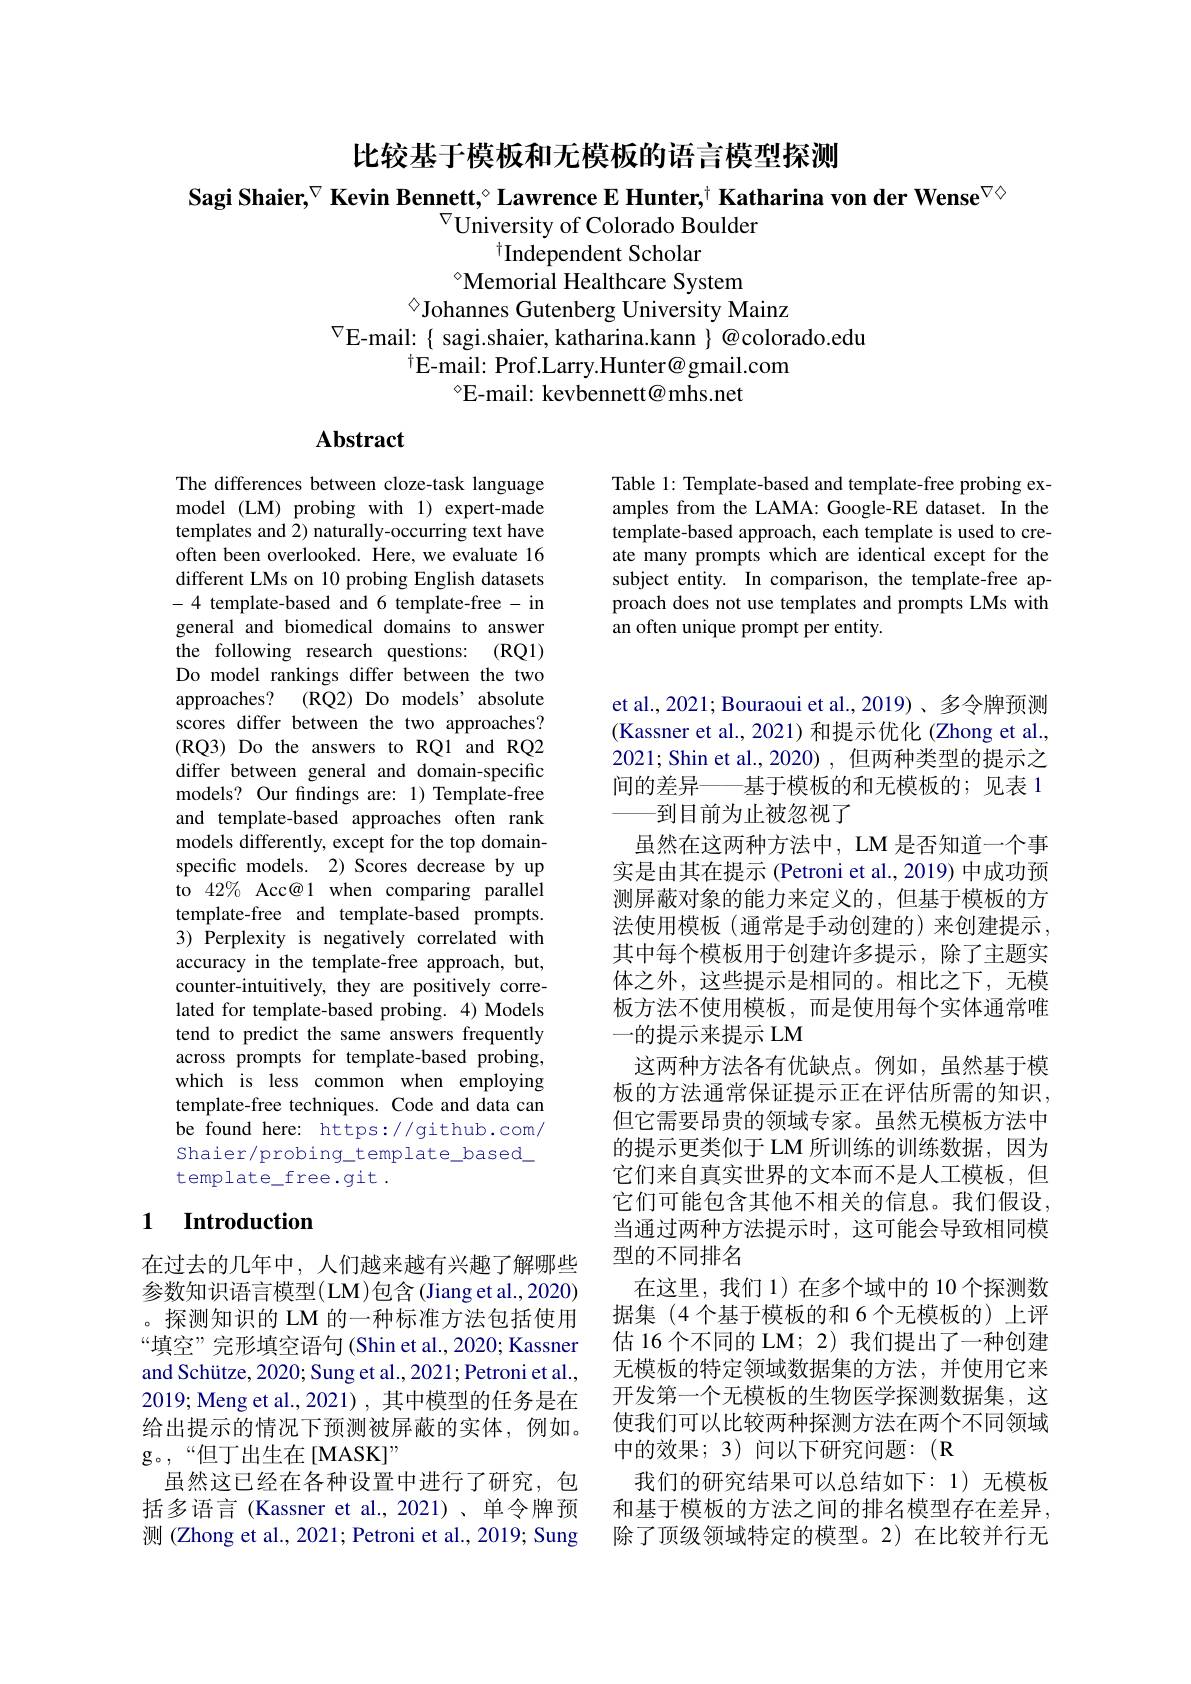
比较基于模板和无模板的语言模型探测

Sagi Shaier,$^{\nabla}$ Kevin Bennett,$^{\circ}$ Lawrence E Hunter,$^{\dagger}$ Katharina von der Wense$^{\nabla\diamond}$
$^{\nabla}$University of Colorado Boulder
$^{\dagger}$Independent Scholar
$^{\diamond}$Memorial Healthcare System
◇Johannes Gutenberg University Mainz
$^{\nabla}$E-mail: { sagi.shaier, katharina.kann }@colorado.edu
$^{\dagger}$E-mail: Prof.Larry.Hunter@gmail.com
$^{\diamond}$E-mail: kevbennett@mhs.net

# Abstract

The differences between cloze-task language model (LM) probing with 1) expert-made templates and 2) naturally-occurring text have often been overlooked. Here, we evaluate 16 different LMs on 10 probing English datasets -4 template-based and 6 template-free - in general and biomedical domains to answer the following research questions: (RQ1) Do model rankings differ between the two approaches? (RQ2) Do models' absolute scores differ between the two approaches? (RQ3) Do the answers to RQ1 and RQ2 differ between general and domain-specific models? Our findings are: 1) Template-free and template-based approaches often rank models differently, except for the top domainspecific models. 2) Scores decrease by up to 42% Acc@1 when comparing parallel template-free and template-based prompts. 3) Perplexity is negatively correlated with accuracy in the template-free approach, but, counter-intuitively, they are positively correlated for template-based probing. 4) Models tend to predict the same answers frequently across prompts for template-based probing, which is less common when employing template-free techniques. Code and data can be found here: https://github.com/ Shaier/probing\_template\_based\_ template\_free.git.

## 1 $\textbf{Introduction}$

在过去的几年中，人们越来越有兴趣了解哪些参数知识语言模型(LM)包含(Jiang et al., 2020) 。探测知识的 LM 的一种标准方法包括使用“填空”完形填空语句(Shin et al., 2020; Kassner and Schütze, 2020; Sung et al., 2021; Petroni et al., 2019; Meng et al.,2021), 其中模型的任务是在给出提示的情况下预测被屏蔽的实体，例如。g。“但丁出生在[MASK]”
虽然这已经在各种设置中进行了研究，包括多语言(Kassner et al.,2021)、单令牌预测 (Zhong et al., 2021; Petroni et al., 2019; Sung

Table 1: Template-based and template-free probing examples from the LAMA: Google-RE dataset. In the template-based approach, each template is used to create many prompts which are identical except for the subject entity. In comparison, the template-free approach does not use templates and prompts LMs with an often unique prompt per entity.

et al., 2021; Bouraoui et al., 2019)、多令牌预测(Kassner et al., 2021)和提示优化 (Zhong et al., 2021; Shin et al., 2020) , 但两种类型的提示之间的差异——基于模板的和无模板的；见表 1
-到目前为止被忽视了
虽然在这两种方法中，LM 是否知道一个事实是由其在提示 (Petroni et al., 2019) 中成功预测屏蔽对象的能力来定义的，但基于模板的方法使用模板(通常是手动创建的)来创建提示， 其中每个模板用于创建许多提示，除了主题实体之外，这些提示是相同的。相比之下，无模板方法不使用模板，而是使用每个实体通常唯一的提示来提示 LM
这两种方法各有优缺点。例如，虽然基于模板的方法通常保证提示正在评估所需的知识， 但它需要昂贵的领域专家。虽然无模板方法中的提示更类似于 LM 所训练的训练数据，因为它们来自真实世界的文本而不是人工模板，但它们可能包含其他不相关的信息。我们假设， 当通过两种方法提示时，这可能会导致相同模型的不同排名
在这里，我们 1) 在多个域中的 10 个探测数据集 (4个基于模板的和 6 个无模板的)上评估 16 个不同的 LM; 2) 我们提出了一种创建无模板的特定领域数据集的方法，并使用它来开发第一个无模板的生物医学探测数据集，这使我们可以比较两种探测方法在两个不同领域中的效果；3)问以下研究问题：(R
我们的研究结果可以总结如下：1)无模板和基于模板的方法之间的排名模型存在差异， 除了顶级领域特定的模型。2)在比较并行无